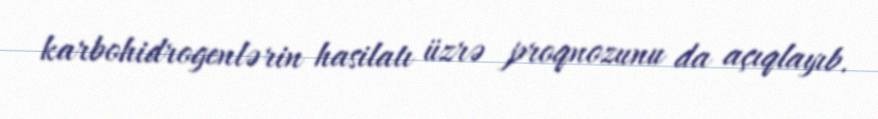
karbohidrogenlərin hasilatı üzrə proqnozunu da açıqlayıb.